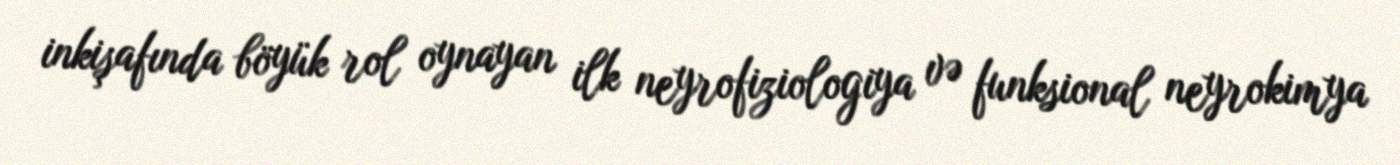
inkişafında böyük rol oynayan ilk neyrofiziologiya və funksional neyrokimya